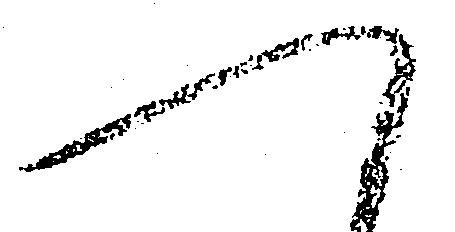
へ